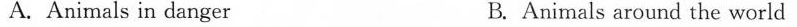
A. Animals in danger B. Animals around the world